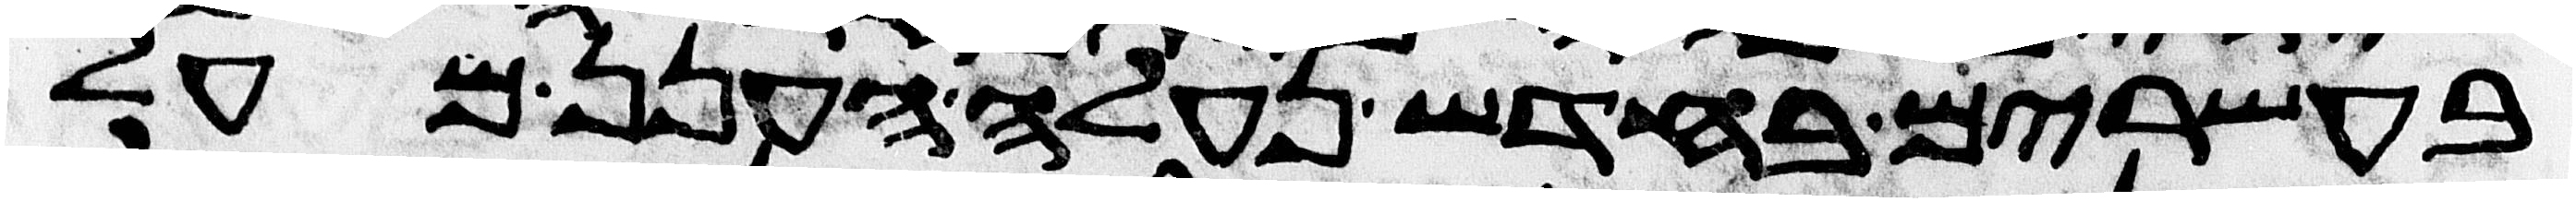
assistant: בעשרים בחדש נעלה הענן מעל